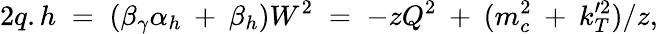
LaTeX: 2q.h\; =\; (\beta_{\gamma}\alpha_{h}\: +\: \beta_{h})W^{2}\; =\; -zQ^{2}\: +\: (m_{c}^{2}\: +\: k_{T}^{\prime 2})/z,